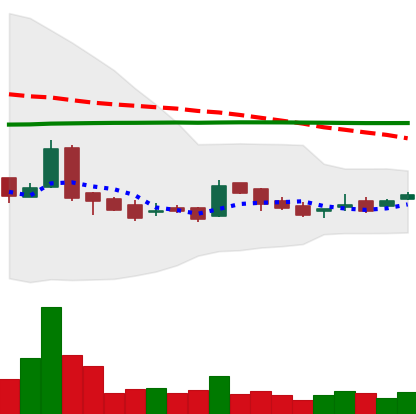
Ticker: LTC-USD
Chart end date: 2016-02-13
Forward return: 3.89%
Label: up_3_5